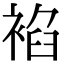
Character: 𧚧